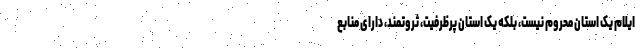
ایلام یک استان محروم نیست، بلکه یک استان پرظرفیت، ثروتمند، دارای منابع